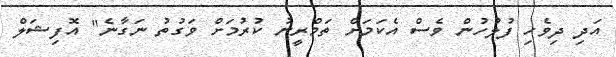
އަދި ދިވެހި ފުލުހުން ވެސް އެކަމަށް ތަމްރީނު ކުރުމަށް ވަގުތު ނަގާނެ" އޮފިޝަލް